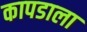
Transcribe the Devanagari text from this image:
कापडाला